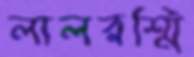
লালরশ্মি